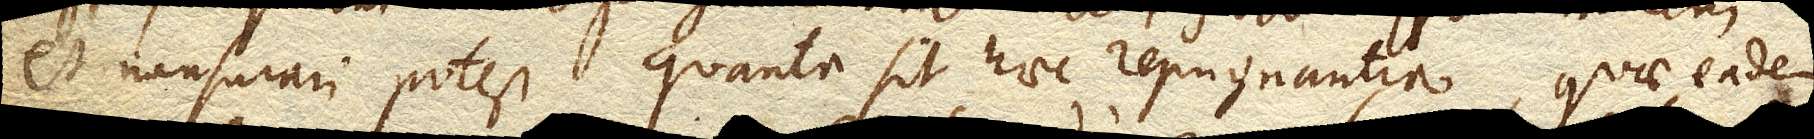
et mensurari potest quanta sit haec repugnantia, quae eadem